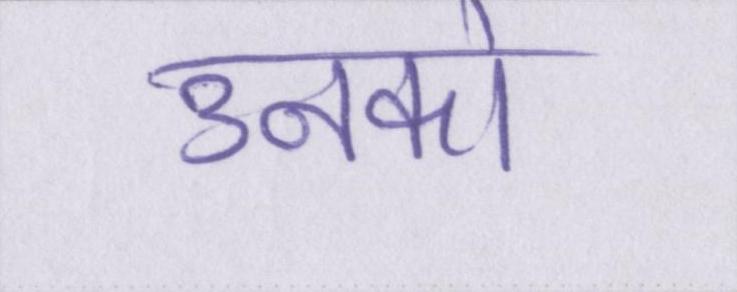
उनको